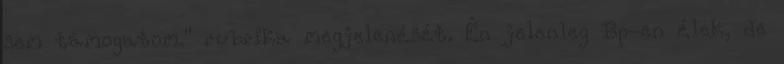
sem támogatom." rubrika megjelenését. Én jelenleg Bp-en élek, de